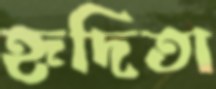
হৃদিতা